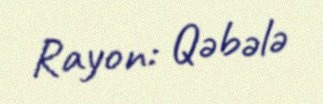
Rayon: Qəbələ